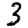
Digit: 3